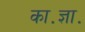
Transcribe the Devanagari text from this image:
का॰ज्ञा॰